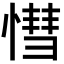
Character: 𢟩